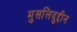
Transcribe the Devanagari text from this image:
मुसलिदुद्दीन